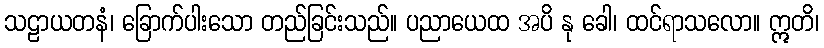
သဠာယတနံ၊ ခြောက်ပါးသော တည်ခြင်းသည်။ ပညာယေထ အပိ နု ခေါ၊ ထင်ရာသလော။ ဣတိ၊